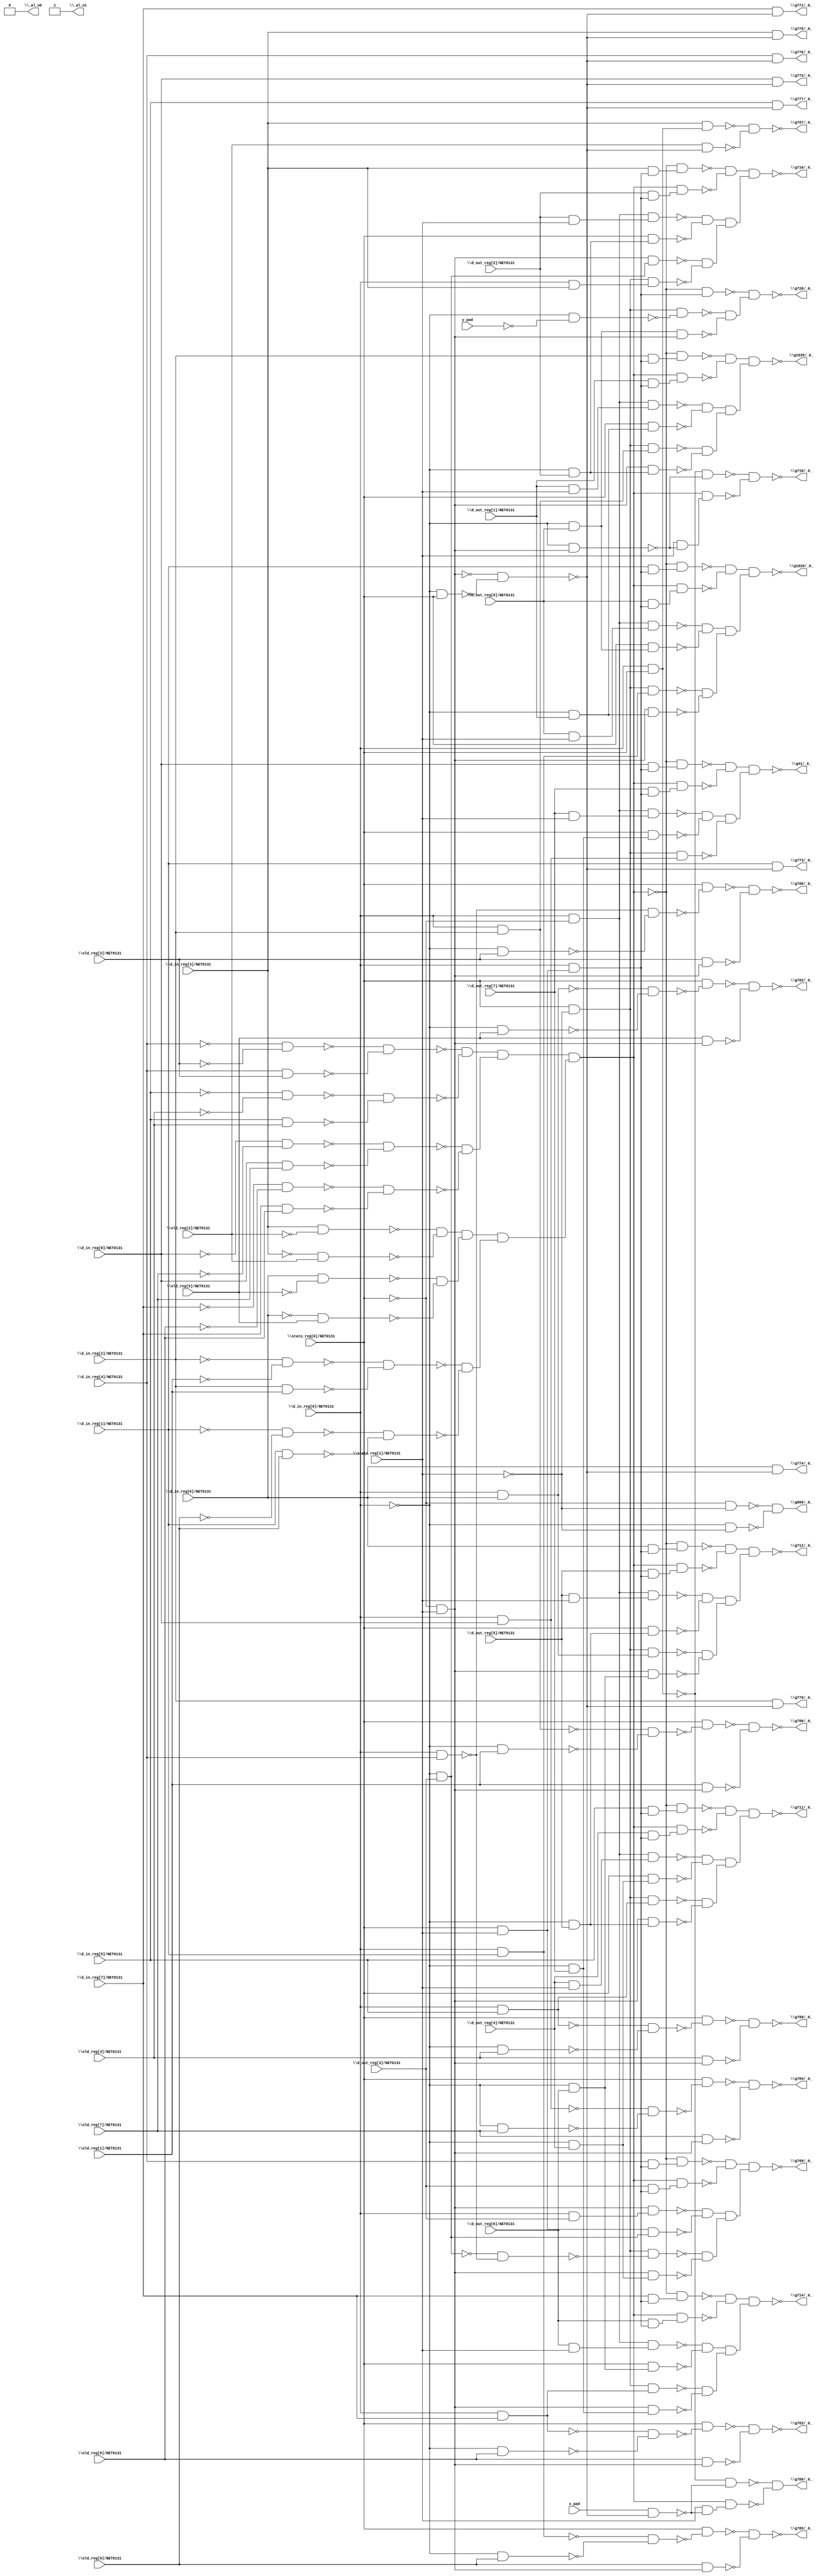
module top( \d_in_reg[0]/NET0131  , \d_in_reg[1]/NET0131  , \d_in_reg[2]/NET0131  , \d_in_reg[3]/NET0131  , \d_in_reg[4]/NET0131  , \d_in_reg[5]/NET0131  , \d_in_reg[6]/NET0131  , \d_in_reg[7]/NET0131  , \d_in_reg[8]/NET0131  , \d_out_reg[0]/NET0131  , \d_out_reg[1]/NET0131  , \d_out_reg[2]/NET0131  , \d_out_reg[3]/NET0131  , \d_out_reg[4]/NET0131  , \d_out_reg[5]/NET0131  , \d_out_reg[6]/NET0131  , \d_out_reg[7]/NET0131  , \old_reg[0]/NET0131  , \old_reg[1]/NET0131  , \old_reg[2]/NET0131  , \old_reg[3]/NET0131  , \old_reg[4]/NET0131  , \old_reg[5]/NET0131  , \old_reg[6]/NET0131  , \old_reg[7]/NET0131  , \stato_reg[0]/NET0131  , \stato_reg[1]/NET0131  , x_pad , y_pad , \_al_n0  , \_al_n1  , \g1026/_0_  , \g1035/_0_  , \g41/_0_  , \g708/_0_  , \g709/_0_  , \g711/_0_  , \g712/_0_  , \g714/_0_  , \g716/_0_  , \g718/_0_  , \g728/_0_  , \g770/_0_  , \g771/_0_  , \g772/_0_  , \g773/_0_  , \g774/_0_  , \g775/_0_  , \g776/_0_  , \g777/_0_  , \g782/_0_  , \g783/_0_  , \g784/_0_  , \g785/_0_  , \g786/_0_  , \g787/_0_  , \g788/_0_  , \g789/_0_  , \g806/_0_  );
  input \d_in_reg[0]/NET0131  ;
  input \d_in_reg[1]/NET0131  ;
  input \d_in_reg[2]/NET0131  ;
  input \d_in_reg[3]/NET0131  ;
  input \d_in_reg[4]/NET0131  ;
  input \d_in_reg[5]/NET0131  ;
  input \d_in_reg[6]/NET0131  ;
  input \d_in_reg[7]/NET0131  ;
  input \d_in_reg[8]/NET0131  ;
  input \d_out_reg[0]/NET0131  ;
  input \d_out_reg[1]/NET0131  ;
  input \d_out_reg[2]/NET0131  ;
  input \d_out_reg[3]/NET0131  ;
  input \d_out_reg[4]/NET0131  ;
  input \d_out_reg[5]/NET0131  ;
  input \d_out_reg[6]/NET0131  ;
  input \d_out_reg[7]/NET0131  ;
  input \old_reg[0]/NET0131  ;
  input \old_reg[1]/NET0131  ;
  input \old_reg[2]/NET0131  ;
  input \old_reg[3]/NET0131  ;
  input \old_reg[4]/NET0131  ;
  input \old_reg[5]/NET0131  ;
  input \old_reg[6]/NET0131  ;
  input \old_reg[7]/NET0131  ;
  input \stato_reg[0]/NET0131  ;
  input \stato_reg[1]/NET0131  ;
  input x_pad ;
  input y_pad ;
  output \_al_n0  ;
  output \_al_n1  ;
  output \g1026/_0_  ;
  output \g1035/_0_  ;
  output \g41/_0_  ;
  output \g708/_0_  ;
  output \g709/_0_  ;
  output \g711/_0_  ;
  output \g712/_0_  ;
  output \g714/_0_  ;
  output \g716/_0_  ;
  output \g718/_0_  ;
  output \g728/_0_  ;
  output \g770/_0_  ;
  output \g771/_0_  ;
  output \g772/_0_  ;
  output \g773/_0_  ;
  output \g774/_0_  ;
  output \g775/_0_  ;
  output \g776/_0_  ;
  output \g777/_0_  ;
  output \g782/_0_  ;
  output \g783/_0_  ;
  output \g784/_0_  ;
  output \g785/_0_  ;
  output \g786/_0_  ;
  output \g787/_0_  ;
  output \g788/_0_  ;
  output \g789/_0_  ;
  output \g806/_0_  ;
  wire n30 , n31 , n32 , n33 , n34 , n35 , n36 , n37 , n38 , n39 , n40 , n41 , n42 , n43 , n44 , n45 , n46 , n47 , n48 , n49 , n50 , n51 , n52 , n53 , n54 , n55 , n56 , n57 , n58 , n59 , n60 , n61 , n62 , n63 , n64 , n65 , n66 , n67 , n68 , n69 , n70 , n71 , n72 , n73 , n74 , n75 , n76 , n77 , n78 , n79 , n80 , n81 , n82 , n83 , n84 , n85 , n86 , n87 , n88 , n89 , n90 , n91 , n92 , n93 , n94 , n95 , n96 , n97 , n98 , n99 , n100 , n101 , n102 , n103 , n104 , n105 , n106 , n107 , n108 , n109 , n110 , n111 , n112 , n113 , n114 , n115 , n116 , n117 , n118 , n119 , n120 , n121 , n122 , n123 , n124 , n125 , n126 , n127 , n128 , n129 , n130 , n131 , n132 , n133 , n134 , n135 , n136 , n137 , n138 , n139 , n140 , n141 , n142 , n143 , n144 , n145 , n146 , n147 , n148 , n149 , n150 , n151 , n152 , n153 , n154 , n155 , n156 , n157 , n158 , n159 , n160 , n161 , n162 , n163 , n164 , n165 , n166 , n167 , n168 , n169 , n170 , n171 , n172 , n173 , n174 , n175 , n176 , n177 , n178 , n179 , n180 , n181 , n182 , n183 , n184 , n185 , n186 , n187 , n188 , n189 , n190 , n191 , n192 , n193 , n194 , n195 , n196 , n197 , n198 , n199 , n200 , n201 , n202 , n203 , n204 , n205 , n206 , n207 , n208 , n209 , n210 , n211 , n212 , n213 , n214 , n215 , n216 , n217 , n218 , n219 , n220 , n221 , n222 , n223 , n224 , n225 , n226 , n227 , n228 , n229 , n230 , n231 , n232 , n233 , n234 , n235 , n236 , n237 , n238 , n239 , n240 , n241 , n242 , n243 , n244 , n245 , n246 , n247 , n248 , n249 , n250 , n251 , n252 , n253 , n254 , n255 , n256 , n257 , n258 , n259 , n260 ;
  assign n30 = ~\d_in_reg[4]/NET0131  & ~\old_reg[3]/NET0131  ;
  assign n31 = \d_in_reg[4]/NET0131  & \old_reg[3]/NET0131  ;
  assign n32 = ~n30 & ~n31 ;
  assign n33 = ~\d_in_reg[5]/NET0131  & ~\old_reg[4]/NET0131  ;
  assign n34 = \d_in_reg[5]/NET0131  & \old_reg[4]/NET0131  ;
  assign n35 = ~n33 & ~n34 ;
  assign n36 = ~n32 & ~n35 ;
  assign n37 = ~\d_in_reg[8]/NET0131  & ~\old_reg[7]/NET0131  ;
  assign n38 = \d_in_reg[8]/NET0131  & \old_reg[7]/NET0131  ;
  assign n39 = ~n37 & ~n38 ;
  assign n40 = ~\d_in_reg[7]/NET0131  & ~\old_reg[6]/NET0131  ;
  assign n41 = \d_in_reg[7]/NET0131  & \old_reg[6]/NET0131  ;
  assign n42 = ~n40 & ~n41 ;
  assign n43 = ~n39 & ~n42 ;
  assign n44 = n36 & n43 ;
  assign n45 = \d_in_reg[3]/NET0131  & ~\old_reg[2]/NET0131  ;
  assign n46 = ~\d_in_reg[3]/NET0131  & \old_reg[2]/NET0131  ;
  assign n47 = ~n45 & ~n46 ;
  assign n48 = \d_in_reg[6]/NET0131  & ~\old_reg[5]/NET0131  ;
  assign n49 = ~\d_in_reg[6]/NET0131  & \old_reg[5]/NET0131  ;
  assign n50 = ~n48 & ~n49 ;
  assign n51 = n47 & n50 ;
  assign n52 = ~\d_in_reg[2]/NET0131  & ~\old_reg[1]/NET0131  ;
  assign n53 = \d_in_reg[2]/NET0131  & \old_reg[1]/NET0131  ;
  assign n54 = ~n52 & ~n53 ;
  assign n55 = ~\d_in_reg[1]/NET0131  & ~\old_reg[0]/NET0131  ;
  assign n56 = \d_in_reg[1]/NET0131  & \old_reg[0]/NET0131  ;
  assign n57 = ~n55 & ~n56 ;
  assign n58 = ~n54 & ~n57 ;
  assign n59 = n51 & n58 ;
  assign n60 = n44 & n59 ;
  assign n61 = \stato_reg[0]/NET0131  & \stato_reg[1]/NET0131  ;
  assign n62 = \d_in_reg[0]/NET0131  & n61 ;
  assign n63 = \d_in_reg[1]/NET0131  & n62 ;
  assign n64 = ~n60 & n63 ;
  assign n65 = \d_out_reg[0]/NET0131  & n62 ;
  assign n66 = n60 & n65 ;
  assign n67 = ~n64 & ~n66 ;
  assign n68 = \d_in_reg[0]/NET0131  & ~\stato_reg[0]/NET0131  ;
  assign n69 = \d_out_reg[0]/NET0131  & \stato_reg[1]/NET0131  ;
  assign n70 = n68 & n69 ;
  assign n71 = ~\d_in_reg[0]/NET0131  & \d_out_reg[0]/NET0131  ;
  assign n72 = \stato_reg[0]/NET0131  & n71 ;
  assign n73 = ~n70 & ~n72 ;
  assign n74 = \stato_reg[0]/NET0131  & ~\stato_reg[1]/NET0131  ;
  assign n75 = \d_in_reg[0]/NET0131  & \d_in_reg[1]/NET0131  ;
  assign n76 = n74 & n75 ;
  assign n77 = ~\stato_reg[0]/NET0131  & \stato_reg[1]/NET0131  ;
  assign n78 = ~\d_in_reg[0]/NET0131  & \d_out_reg[1]/NET0131  ;
  assign n79 = n77 & n78 ;
  assign n80 = ~n76 & ~n79 ;
  assign n81 = n73 & n80 ;
  assign n82 = n67 & n81 ;
  assign n83 = \d_in_reg[2]/NET0131  & n62 ;
  assign n84 = ~n60 & n83 ;
  assign n85 = \d_out_reg[1]/NET0131  & n62 ;
  assign n86 = n60 & n85 ;
  assign n87 = ~n84 & ~n86 ;
  assign n88 = \d_out_reg[1]/NET0131  & \stato_reg[1]/NET0131  ;
  assign n89 = n68 & n88 ;
  assign n90 = \stato_reg[0]/NET0131  & n78 ;
  assign n91 = ~n89 & ~n90 ;
  assign n92 = \d_in_reg[0]/NET0131  & \d_in_reg[2]/NET0131  ;
  assign n93 = n74 & n92 ;
  assign n94 = ~\d_in_reg[0]/NET0131  & \d_out_reg[2]/NET0131  ;
  assign n95 = n77 & n94 ;
  assign n96 = ~n93 & ~n95 ;
  assign n97 = n91 & n96 ;
  assign n98 = n87 & n97 ;
  assign n99 = \d_in_reg[8]/NET0131  & n62 ;
  assign n100 = ~n60 & n99 ;
  assign n101 = \d_out_reg[7]/NET0131  & n62 ;
  assign n102 = n60 & n101 ;
  assign n103 = ~n100 & ~n102 ;
  assign n104 = \d_out_reg[7]/NET0131  & \stato_reg[1]/NET0131  ;
  assign n105 = n68 & n104 ;
  assign n106 = ~\d_in_reg[0]/NET0131  & \d_out_reg[7]/NET0131  ;
  assign n107 = \stato_reg[0]/NET0131  & n106 ;
  assign n108 = ~n105 & ~n107 ;
  assign n109 = \d_in_reg[0]/NET0131  & \d_in_reg[8]/NET0131  ;
  assign n110 = n74 & n109 ;
  assign n111 = n108 & ~n110 ;
  assign n112 = n103 & n111 ;
  assign n113 = \d_in_reg[0]/NET0131  & \stato_reg[0]/NET0131  ;
  assign n114 = ~\d_in_reg[0]/NET0131  & \stato_reg[0]/NET0131  ;
  assign n115 = ~n77 & ~n114 ;
  assign n116 = x_pad & ~n115 ;
  assign n117 = ~n113 & ~n116 ;
  assign n118 = \stato_reg[1]/NET0131  & ~n116 ;
  assign n119 = n60 & n118 ;
  assign n120 = ~n117 & ~n119 ;
  assign n121 = \d_in_reg[4]/NET0131  & n62 ;
  assign n122 = ~n60 & n121 ;
  assign n123 = \d_out_reg[3]/NET0131  & n62 ;
  assign n124 = n60 & n123 ;
  assign n125 = ~n122 & ~n124 ;
  assign n126 = \d_in_reg[0]/NET0131  & \d_out_reg[3]/NET0131  ;
  assign n127 = n77 & n126 ;
  assign n128 = ~\d_in_reg[0]/NET0131  & \d_out_reg[3]/NET0131  ;
  assign n129 = n61 & n128 ;
  assign n130 = ~n127 & ~n129 ;
  assign n131 = \d_in_reg[0]/NET0131  & \d_in_reg[4]/NET0131  ;
  assign n132 = ~n128 & ~n131 ;
  assign n133 = n74 & ~n132 ;
  assign n134 = ~\d_in_reg[0]/NET0131  & \d_out_reg[4]/NET0131  ;
  assign n135 = n77 & n134 ;
  assign n136 = ~n133 & ~n135 ;
  assign n137 = n130 & n136 ;
  assign n138 = n125 & n137 ;
  assign n139 = \d_in_reg[5]/NET0131  & n62 ;
  assign n140 = ~n60 & n139 ;
  assign n141 = \d_out_reg[4]/NET0131  & n62 ;
  assign n142 = n60 & n141 ;
  assign n143 = ~n140 & ~n142 ;
  assign n144 = \d_out_reg[4]/NET0131  & \stato_reg[1]/NET0131  ;
  assign n145 = n68 & n144 ;
  assign n146 = \stato_reg[0]/NET0131  & n134 ;
  assign n147 = ~n145 & ~n146 ;
  assign n148 = \d_in_reg[0]/NET0131  & \d_in_reg[5]/NET0131  ;
  assign n149 = n74 & n148 ;
  assign n150 = ~\d_in_reg[0]/NET0131  & \d_out_reg[5]/NET0131  ;
  assign n151 = n77 & n150 ;
  assign n152 = ~n149 & ~n151 ;
  assign n153 = n147 & n152 ;
  assign n154 = n143 & n153 ;
  assign n155 = \d_in_reg[6]/NET0131  & n62 ;
  assign n156 = ~n60 & n155 ;
  assign n157 = \d_out_reg[5]/NET0131  & n62 ;
  assign n158 = n60 & n157 ;
  assign n159 = ~n156 & ~n158 ;
  assign n160 = \d_out_reg[5]/NET0131  & \stato_reg[1]/NET0131  ;
  assign n161 = n68 & n160 ;
  assign n162 = \stato_reg[0]/NET0131  & n150 ;
  assign n163 = ~n161 & ~n162 ;
  assign n164 = \d_in_reg[0]/NET0131  & \d_in_reg[6]/NET0131  ;
  assign n165 = n74 & n164 ;
  assign n166 = ~\d_in_reg[0]/NET0131  & \d_out_reg[6]/NET0131  ;
  assign n167 = n77 & n166 ;
  assign n168 = ~n165 & ~n167 ;
  assign n169 = n163 & n168 ;
  assign n170 = n159 & n169 ;
  assign n171 = \d_in_reg[7]/NET0131  & n62 ;
  assign n172 = ~n60 & n171 ;
  assign n173 = \d_out_reg[6]/NET0131  & n62 ;
  assign n174 = n60 & n173 ;
  assign n175 = ~n172 & ~n174 ;
  assign n176 = \d_out_reg[6]/NET0131  & \stato_reg[1]/NET0131  ;
  assign n177 = n68 & n176 ;
  assign n178 = \stato_reg[0]/NET0131  & n166 ;
  assign n179 = ~n177 & ~n178 ;
  assign n180 = \d_in_reg[0]/NET0131  & \d_in_reg[7]/NET0131  ;
  assign n181 = n74 & n180 ;
  assign n182 = n77 & n106 ;
  assign n183 = ~n181 & ~n182 ;
  assign n184 = n179 & n183 ;
  assign n185 = n175 & n184 ;
  assign n186 = \d_in_reg[3]/NET0131  & n62 ;
  assign n187 = ~n60 & n186 ;
  assign n188 = \d_out_reg[2]/NET0131  & n62 ;
  assign n189 = n60 & n188 ;
  assign n190 = ~n187 & ~n189 ;
  assign n191 = \d_out_reg[2]/NET0131  & \stato_reg[1]/NET0131  ;
  assign n192 = n68 & n191 ;
  assign n193 = \stato_reg[0]/NET0131  & n94 ;
  assign n194 = ~n192 & ~n193 ;
  assign n195 = n77 & n128 ;
  assign n196 = \d_in_reg[0]/NET0131  & \d_in_reg[3]/NET0131  ;
  assign n197 = n74 & n196 ;
  assign n198 = ~n195 & ~n197 ;
  assign n199 = n194 & n198 ;
  assign n200 = n190 & n199 ;
  assign n201 = ~\d_in_reg[0]/NET0131  & n77 ;
  assign n202 = ~n113 & ~n201 ;
  assign n203 = \stato_reg[1]/NET0131  & ~n201 ;
  assign n204 = n60 & n203 ;
  assign n205 = ~n202 & ~n204 ;
  assign n206 = ~n60 & n62 ;
  assign n207 = ~\d_in_reg[0]/NET0131  & ~y_pad ;
  assign n208 = n74 & ~n207 ;
  assign n209 = n71 & n77 ;
  assign n210 = ~n208 & ~n209 ;
  assign n211 = ~n206 & n210 ;
  assign n212 = \d_in_reg[2]/NET0131  & ~n115 ;
  assign n213 = \d_in_reg[7]/NET0131  & ~n115 ;
  assign n214 = \d_in_reg[8]/NET0131  & ~n115 ;
  assign n215 = \d_in_reg[1]/NET0131  & ~n115 ;
  assign n216 = \d_in_reg[6]/NET0131  & ~n115 ;
  assign n217 = \d_in_reg[3]/NET0131  & ~n115 ;
  assign n218 = \d_in_reg[4]/NET0131  & ~n115 ;
  assign n219 = \d_in_reg[5]/NET0131  & ~n115 ;
  assign n220 = ~\d_in_reg[0]/NET0131  & \old_reg[5]/NET0131  ;
  assign n221 = ~n164 & ~n220 ;
  assign n222 = \stato_reg[0]/NET0131  & ~n221 ;
  assign n223 = \old_reg[5]/NET0131  & n77 ;
  assign n224 = ~n222 & ~n223 ;
  assign n225 = ~\d_in_reg[0]/NET0131  & \old_reg[6]/NET0131  ;
  assign n226 = ~n180 & ~n225 ;
  assign n227 = \stato_reg[0]/NET0131  & ~n226 ;
  assign n228 = \old_reg[6]/NET0131  & n77 ;
  assign n229 = ~n227 & ~n228 ;
  assign n230 = ~\d_in_reg[0]/NET0131  & \old_reg[7]/NET0131  ;
  assign n231 = ~n109 & ~n230 ;
  assign n232 = \stato_reg[0]/NET0131  & ~n231 ;
  assign n233 = \old_reg[7]/NET0131  & n77 ;
  assign n234 = ~n232 & ~n233 ;
  assign n235 = ~\d_in_reg[0]/NET0131  & \old_reg[0]/NET0131  ;
  assign n236 = ~n75 & ~n235 ;
  assign n237 = \stato_reg[0]/NET0131  & ~n236 ;
  assign n238 = \old_reg[0]/NET0131  & n77 ;
  assign n239 = ~n237 & ~n238 ;
  assign n240 = ~\d_in_reg[0]/NET0131  & \old_reg[1]/NET0131  ;
  assign n241 = ~n92 & ~n240 ;
  assign n242 = \stato_reg[0]/NET0131  & ~n241 ;
  assign n243 = \old_reg[1]/NET0131  & n77 ;
  assign n244 = ~n242 & ~n243 ;
  assign n245 = \d_in_reg[3]/NET0131  & n113 ;
  assign n246 = \old_reg[2]/NET0131  & ~n115 ;
  assign n247 = ~n245 & ~n246 ;
  assign n248 = ~\d_in_reg[0]/NET0131  & \old_reg[3]/NET0131  ;
  assign n249 = ~n131 & ~n248 ;
  assign n250 = \stato_reg[0]/NET0131  & ~n249 ;
  assign n251 = \old_reg[3]/NET0131  & n77 ;
  assign n252 = ~n250 & ~n251 ;
  assign n253 = ~\d_in_reg[0]/NET0131  & \old_reg[4]/NET0131  ;
  assign n254 = ~n148 & ~n253 ;
  assign n255 = \stato_reg[0]/NET0131  & ~n254 ;
  assign n256 = \old_reg[4]/NET0131  & n77 ;
  assign n257 = ~n255 & ~n256 ;
  assign n258 = ~\stato_reg[0]/NET0131  & ~\stato_reg[1]/NET0131  ;
  assign n259 = ~\d_in_reg[0]/NET0131  & ~\stato_reg[1]/NET0131  ;
  assign n260 = ~n258 & ~n259 ;
  assign \_al_n0  = 1'b0 ;
  assign \_al_n1  = ~1'b0 ;
  assign \g1026/_0_  = ~n82 ;
  assign \g1035/_0_  = ~n98 ;
  assign \g41/_0_  = ~n112 ;
  assign \g708/_0_  = n120 ;
  assign \g709/_0_  = ~n138 ;
  assign \g711/_0_  = ~n154 ;
  assign \g712/_0_  = ~n170 ;
  assign \g714/_0_  = ~n185 ;
  assign \g716/_0_  = ~n200 ;
  assign \g718/_0_  = ~n205 ;
  assign \g728/_0_  = ~n211 ;
  assign \g770/_0_  = n212 ;
  assign \g771/_0_  = n213 ;
  assign \g772/_0_  = n214 ;
  assign \g773/_0_  = n215 ;
  assign \g774/_0_  = n216 ;
  assign \g775/_0_  = n217 ;
  assign \g776/_0_  = n218 ;
  assign \g777/_0_  = n219 ;
  assign \g782/_0_  = ~n224 ;
  assign \g783/_0_  = ~n229 ;
  assign \g784/_0_  = ~n234 ;
  assign \g785/_0_  = ~n239 ;
  assign \g786/_0_  = ~n244 ;
  assign \g787/_0_  = ~n247 ;
  assign \g788/_0_  = ~n252 ;
  assign \g789/_0_  = ~n257 ;
  assign \g806/_0_  = n260 ;
endmodule